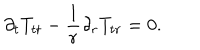
\partial _ { t } T _ { t t } - \frac { 1 } { r } \partial _ { r } T _ { t r } = 0 .